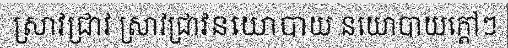
ស្រាវជ្រាវ ស្រាវជ្រាវនយោបាយ នយោបាយក្តៅៗ